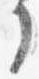
了